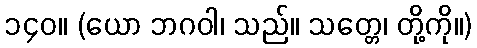
၁၄၀။ (ယော ဘဂဝါ၊ သည်။ သတ္တေ၊ တို့ကို။)